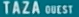
TAZA QUEST